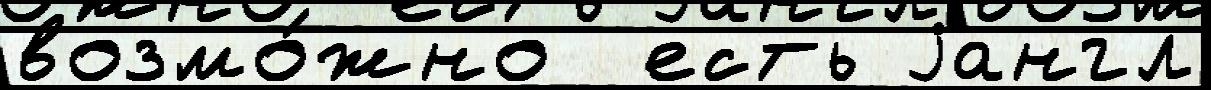
возмо́жно  есть jангл